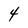
Character: 4